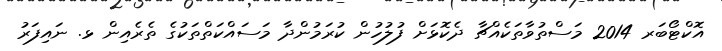
އޮކްޓޯބަރ 2014 މަސްތުވާތަކެއްޗާ ދެކޮޅަށް ފުލުހުން ކުރަމުންދާ މަސައްކަތްތަކުގެ ތެރެއިން ޅ. ނައިފަރު